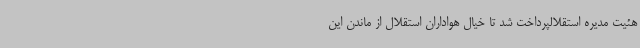
هئیت مدیره استقلالپرداخت شد تا خیال هواداران استقلال از ماندن این